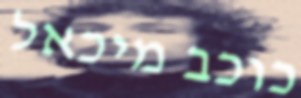
כוכב מיכאל